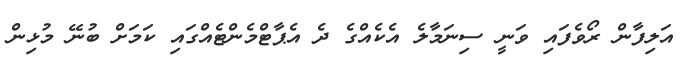
އަލިފާން ރޯވެފައި ވަނީ ސިނަމާލެ އެކެއްގެ ދެ އެޕާޓްމެންޓެއްގައި ކަމަށް ބުނޭ މުޅިން